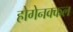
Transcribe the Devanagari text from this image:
होगेनक्कल